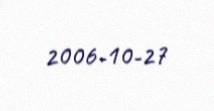
2006-10-27